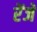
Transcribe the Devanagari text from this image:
रेंजें